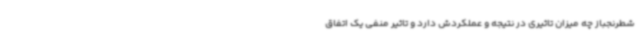
شطرنجباز چه میزان تاثیری در نتیجه و عملکردش دارد و تاثیر منفی یک اتفاق